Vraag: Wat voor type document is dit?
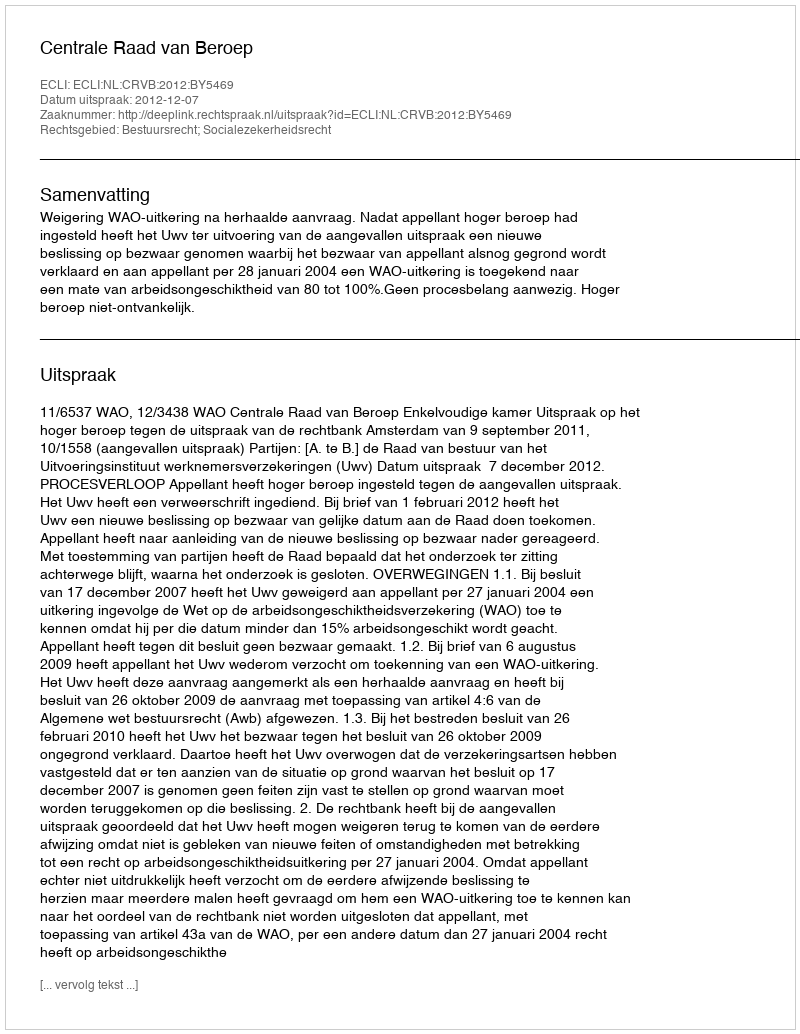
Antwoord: Uitspraak